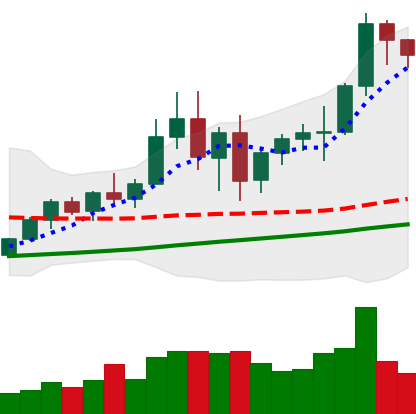
Ticker: BNB-USD
Chart end date: 2020-12-31
Forward return: 11.661%
Label: up_7plus